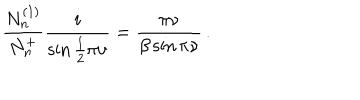
LaTeX: \frac { N _ { n } ^ { ( 1 ) } } { N _ { n } ^ { + } } \frac { i } { \sin \frac { 1 } { 2 } \pi \nu } = \frac { \pi \nu } { \beta \sin \pi \nu } \, .